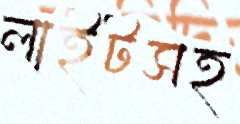
লাইটসহ